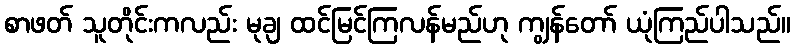
စာဖတ် သူတိုင်းကလည်း မုချ ထင်မြင်ကြလန်မည်ဟု ကျွန်တော် ယုံကြည်ပါသည်။